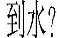
到水？